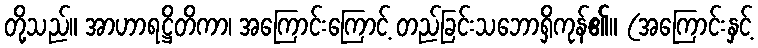
တို့သည်။ အာဟာရဋ္ဌိတိကာ၊ အကြောင်းကြောင့် တည်ခြင်းသဘောရှိကုန်၏။ (အကြောင်းနှင့်